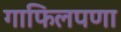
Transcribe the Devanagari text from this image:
गाफिलपणा